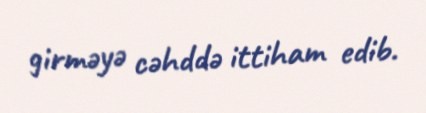
girməyə cəhddə ittiham edib.